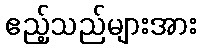
ဧည့်သည်များအား